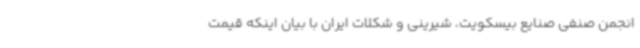
انجمن صنفی صنایع بیسکویت، شیرینی و شکلات ایران با بیان اینکه قیمت